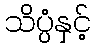
သိပ္ပံနှင့်